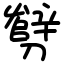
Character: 㔎